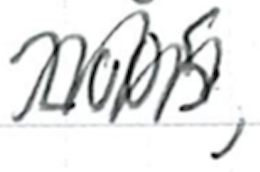
Text: 2005,
Cross-out: mix
Writing tool: ballpoint